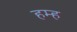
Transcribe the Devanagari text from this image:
हम्ह